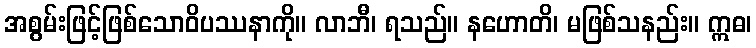
အစွမ်းဖြင့်ဖြစ်သောဝိပဿနာကို။ လာဘီ၊ ရသည်။ နဟောတိ၊ မဖြစ်သနည်း။ ဣဓ၊